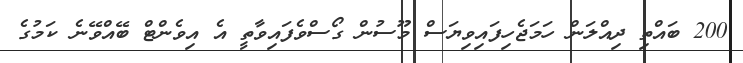
200 ބައްތި ދިއްލަން ހަމަޖެހިފައިވިޔަސް މޫސުން ގޯސްވެފައިވާތީ އެ އިވެންޓް ބޭއްވޭނެ ކަމުގެ